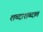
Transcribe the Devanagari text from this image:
शब्दाशब्दात